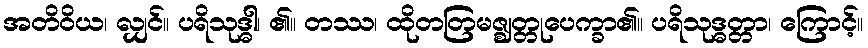
အတိဝိယ၊ လျှင်။ ပရိသုဒ္ဓါ၊ ၏။ တဿ၊ ထိုတတြမဇ္ဈတ္တုပေက္ခာ၏။ ပရိသုဒ္ဓတ္တာ၊ ကြောင့်။